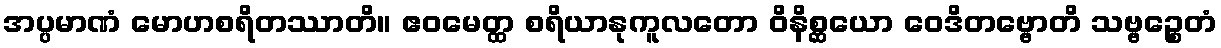
အပ္ပမာဏံ မောဟစရိတဿာတိ။ ဧဝမေတ္ထ စရိယာနုကူလတော ဝိနိစ္ဆယော ဝေဒိတဗ္ဗောတိ သဗ္ဗဉ္စေတံ